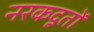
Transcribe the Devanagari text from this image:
नरकदूतों